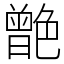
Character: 䒏